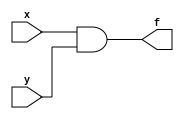
module simpleand(f, x, y);
    input x, y;
    output reg f;
    always
    begin
        #1 f = x & y;
    end
endmodule